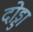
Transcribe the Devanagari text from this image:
दोड्डा